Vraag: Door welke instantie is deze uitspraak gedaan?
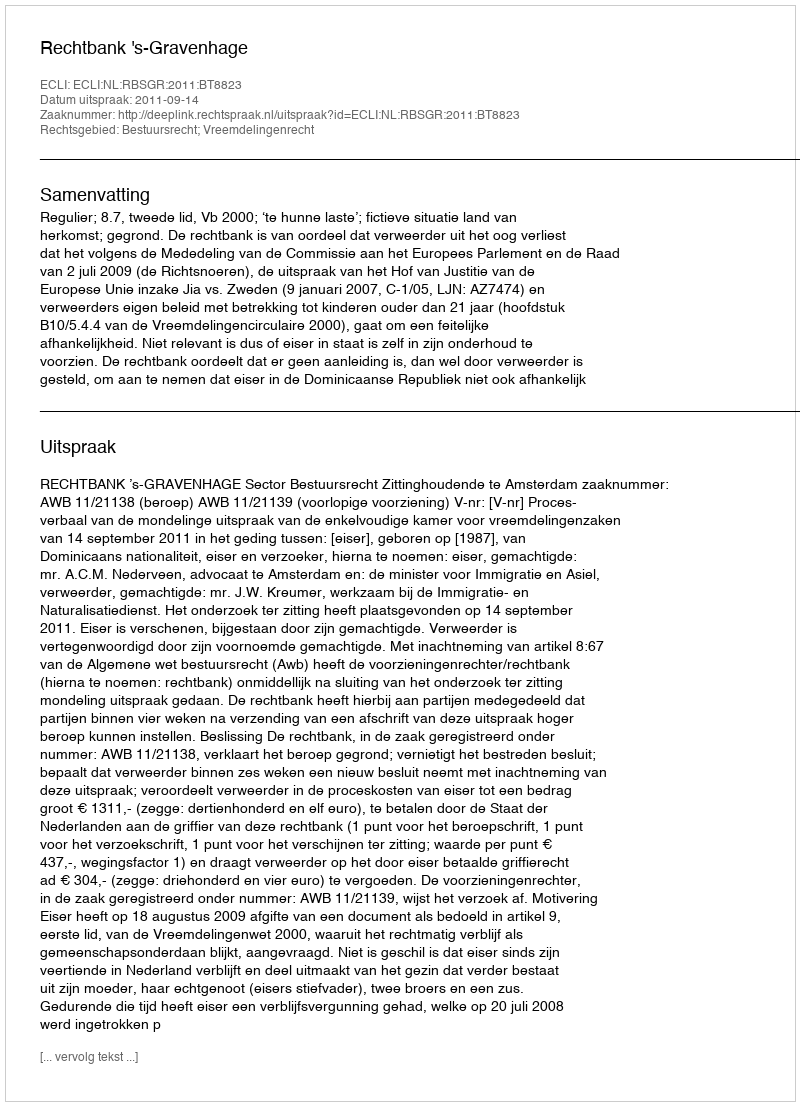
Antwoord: Rechtbank 's-Gravenhage